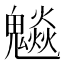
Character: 𩴩